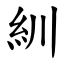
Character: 紃